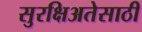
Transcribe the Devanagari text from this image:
सुरक्षिअतेसाठी